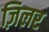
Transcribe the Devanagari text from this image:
ज़िलर